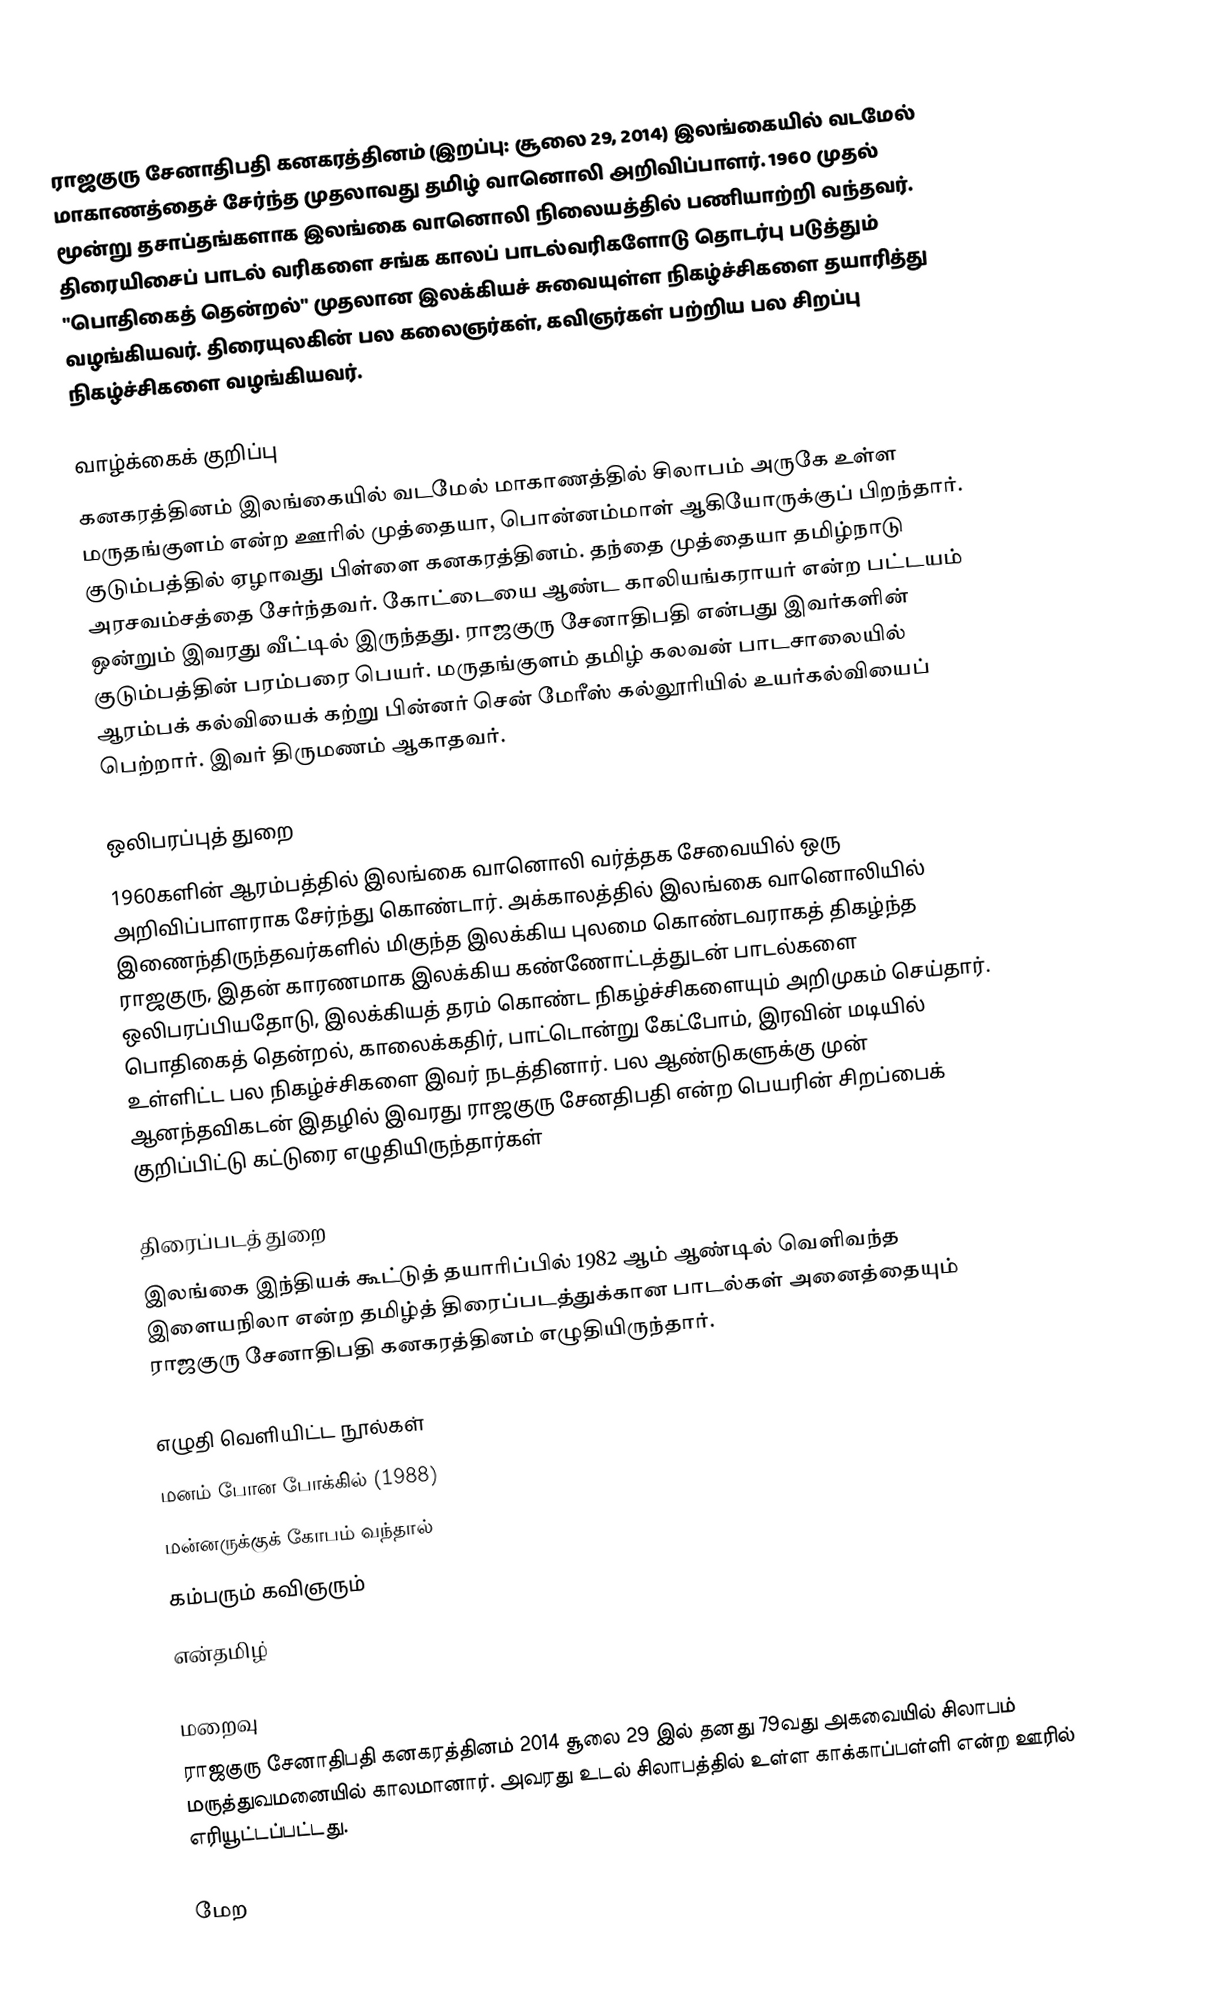
ராஜகுரு சேனாதிபதி கனகரத்தினம் (இறப்பு: சூலை 29, 2014) இலங்கையில் வடமேல் மாகாணத்தைச் சேர்ந்த முதலாவது தமிழ் வானொலி அறிவிப்பாளர். 1960 முதல் மூன்று தசாப்தங்களாக இலங்கை வானொலி நிலையத்தில் பணியாற்றி வந்தவர். திரையிசைப் பாடல் வரிகளை சங்க காலப் பாடல்வரிகளோடு தொடர்பு படுத்தும் "பொதிகைத் தென்றல்" முதலான இலக்கியச் சுவையுள்ள நிகழ்ச்சிகளை தயாரித்து வழங்கியவர். திரையுலகின் பல கலைஞர்கள், கவிஞர்கள் பற்றிய  பல சிறப்பு நிகழ்ச்சிகளை வழங்கியவர்.

வாழ்க்கைக் குறிப்பு
கனகரத்தினம் இலங்கையில் வடமேல் மாகாணத்தில் சிலாபம் அருகே உள்ள மருதங்குளம் என்ற ஊரில் முத்தையா, பொன்னம்மாள் ஆகியோருக்குப் பிறந்தார். குடும்பத்தில் ஏழாவது பிள்ளை கனகரத்தினம். தந்தை முத்தையா தமிழ்நாடு அரசவம்சத்தை சேர்ந்தவர். கோட்டையை ஆண்ட காலியங்கராயர் என்ற பட்டயம் ஒன்றும் இவரது வீட்டில் இருந்தது. ராஜகுரு சேனாதிபதி என்பது இவர்களின் குடும்பத்தின் பரம்பரை பெயர். மருதங்குளம் தமிழ் கலவன் பாடசாலையில் ஆரம்பக் கல்வியைக் கற்று பின்னர் சென் மேரீஸ் கல்லூரியில் உயர்கல்வியைப் பெற்றார். இவர் திருமணம் ஆகாதவர்.

ஒலிபரப்புத் துறை
1960களின் ஆரம்பத்தில் இலங்கை வானொலி வர்த்தக சேவையில் ஒரு அறிவிப்பாளராக சேர்ந்து கொண்டார். அக்காலத்தில் இலங்கை வானொலியில் இணைந்திருந்தவர்களில் மிகுந்த இலக்கிய புலமை கொண்டவராகத் திகழ்ந்த ராஜகுரு, இதன் காரணமாக இலக்கிய கண்ணோட்டத்துடன் பாடல்களை ஒலிபரப்பியதோடு, இலக்கியத் தரம் கொண்ட நிகழ்ச்சிகளையும் அறிமுகம் செய்தார். பொதிகைத் தென்றல், காலைக்கதிர், பாட்டொன்று கேட்போம், இரவின் மடியில் உள்ளிட்ட பல நிகழ்ச்சிகளை இவர் நடத்தினார். பல ஆண்டுகளுக்கு முன் ஆனந்தவிகடன் இதழில் இவரது ராஜகுரு சேனதிபதி என்ற பெயரின் சிறப்பைக் குறிப்பிட்டு கட்டுரை எழுதியிருந்தார்கள்

திரைப்படத் துறை
இலங்கை இந்தியக் கூட்டுத் தயாரிப்பில் 1982 ஆம் ஆண்டில் வெளிவந்த இளையநிலா என்ற தமிழ்த் திரைப்படத்துக்கான பாடல்கள் அனைத்தையும் ராஜகுரு சேனாதிபதி கனகரத்தினம் எழுதியிருந்தார்.

எழுதி வெளியிட்ட நூல்கள்
 மனம் போன போக்கில்  (1988)
 மன்னருக்குக் கோபம் வந்தால்
 கம்பரும் கவிஞரும்
 என்தமிழ்

மறைவு
ராஜகுரு சேனாதிபதி கனகரத்தினம் 2014 சூலை 29 இல் தனது 79வது அகவையில் சிலாபம் மருத்துவமனையில் காலமானார். அவரது உடல் சிலாபத்தில் உள்ள காக்காப்பள்ளி என்ற ஊரில் எரியூட்டப்பட்டது.

மேற